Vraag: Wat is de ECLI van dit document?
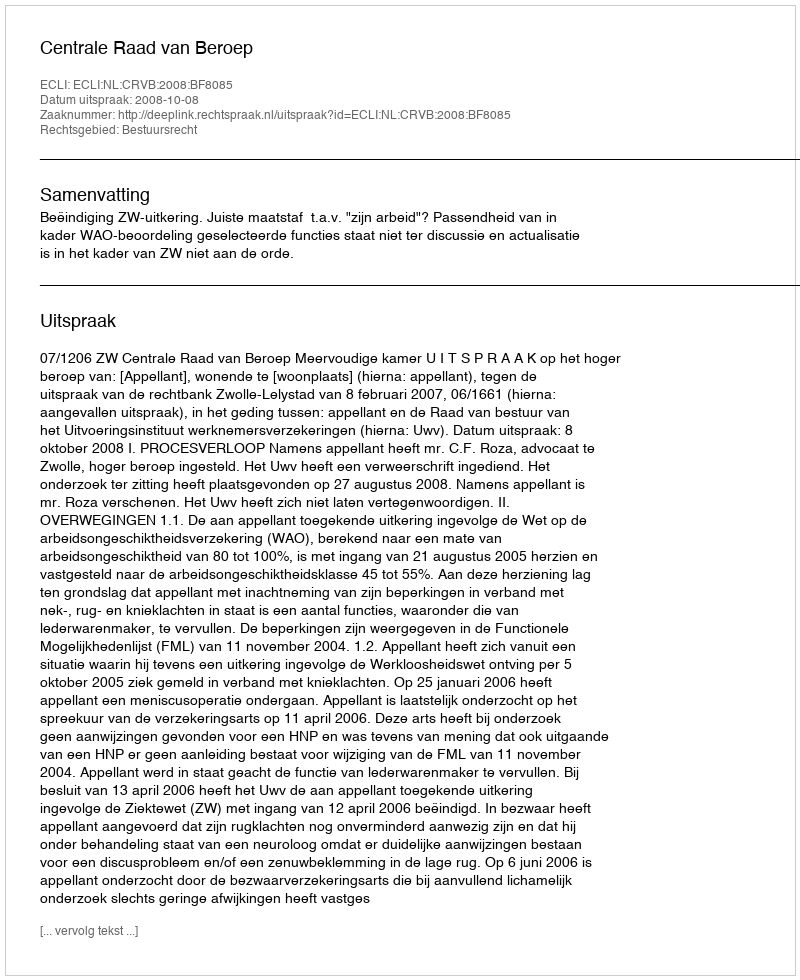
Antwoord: ECLI:NL:CRVB:2008:BF8085